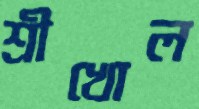
শ্রীখোল